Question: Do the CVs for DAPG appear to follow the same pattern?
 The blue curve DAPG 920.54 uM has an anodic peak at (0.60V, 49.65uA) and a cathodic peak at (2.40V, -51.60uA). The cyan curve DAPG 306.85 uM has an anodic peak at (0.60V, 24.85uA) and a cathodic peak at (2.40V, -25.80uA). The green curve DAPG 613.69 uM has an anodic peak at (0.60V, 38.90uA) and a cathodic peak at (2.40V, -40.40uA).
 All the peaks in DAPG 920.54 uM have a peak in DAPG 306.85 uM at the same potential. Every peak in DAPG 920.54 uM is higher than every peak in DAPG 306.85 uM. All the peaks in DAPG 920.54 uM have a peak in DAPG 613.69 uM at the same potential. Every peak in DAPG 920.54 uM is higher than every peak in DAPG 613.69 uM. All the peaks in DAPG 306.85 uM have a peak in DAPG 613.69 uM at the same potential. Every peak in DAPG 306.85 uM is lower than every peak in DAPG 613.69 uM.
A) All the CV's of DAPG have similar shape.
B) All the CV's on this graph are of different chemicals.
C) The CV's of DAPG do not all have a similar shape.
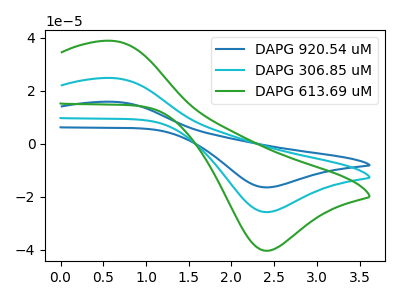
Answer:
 <answer>A) All the CV's of "DAPG" have similar shape.</answer>
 <eval>A</eval>